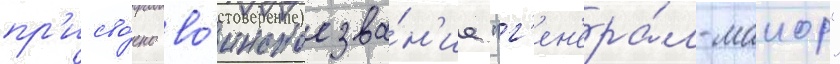
пр'исво́ено во́инское зва́н'ие "г'ен'ера́л-маиор"